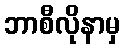
ဘာစီလိုနာမှ